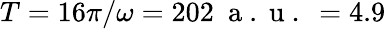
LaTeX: T=16\pi/\omega=202~\mathrm{~a~.~u~.~}=4.9